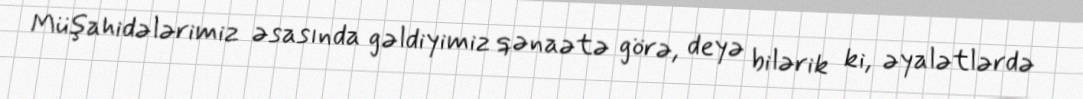
Müşahidələrimiz əsasında gəldiyimiz qənaətə görə, deyə bilərik ki, əyalətlərdə